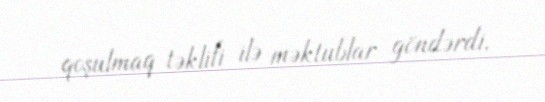
qoşulmaq təklifi ilə məktublar göndərdi.